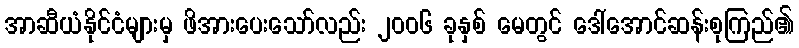
အာဆီယံနိုင်ငံများမှ ဖိအားပေးသော်လည်း ၂၀၀၆ ခုနှစ် မေတွင် ဒေါ်အောင်ဆန်းစုကြည်၏